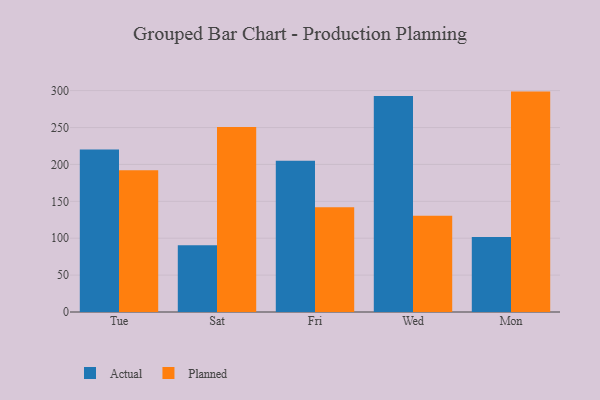
{"axis": {"x": "Day", "y": "Population (Million)"}, "legend": ["Actual", "Planned"], "data": [{"x": "Tue", "y": 220.2, "type": "Actual"}, {"x": "Tue", "y": 192.0, "type": "Planned"}, {"x": "Sat", "y": 90.3, "type": "Actual"}, {"x": "Sat", "y": 250.6, "type": "Planned"}, {"x": "Fri", "y": 205.0, "type": "Actual"}, {"x": "Fri", "y": 142.0, "type": "Planned"}, {"x": "Wed", "y": 292.8, "type": "Actual"}, {"x": "Wed", "y": 130.5, "type": "Planned"}, {"x": "Mon", "y": 101.8, "type": "Actual"}, {"x": "Mon", "y": 298.7, "type": "Planned"}]}